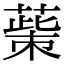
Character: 𦸺